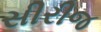
સીરીજ